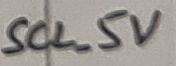
Text: SCL_5V